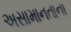
અસામાનતાના